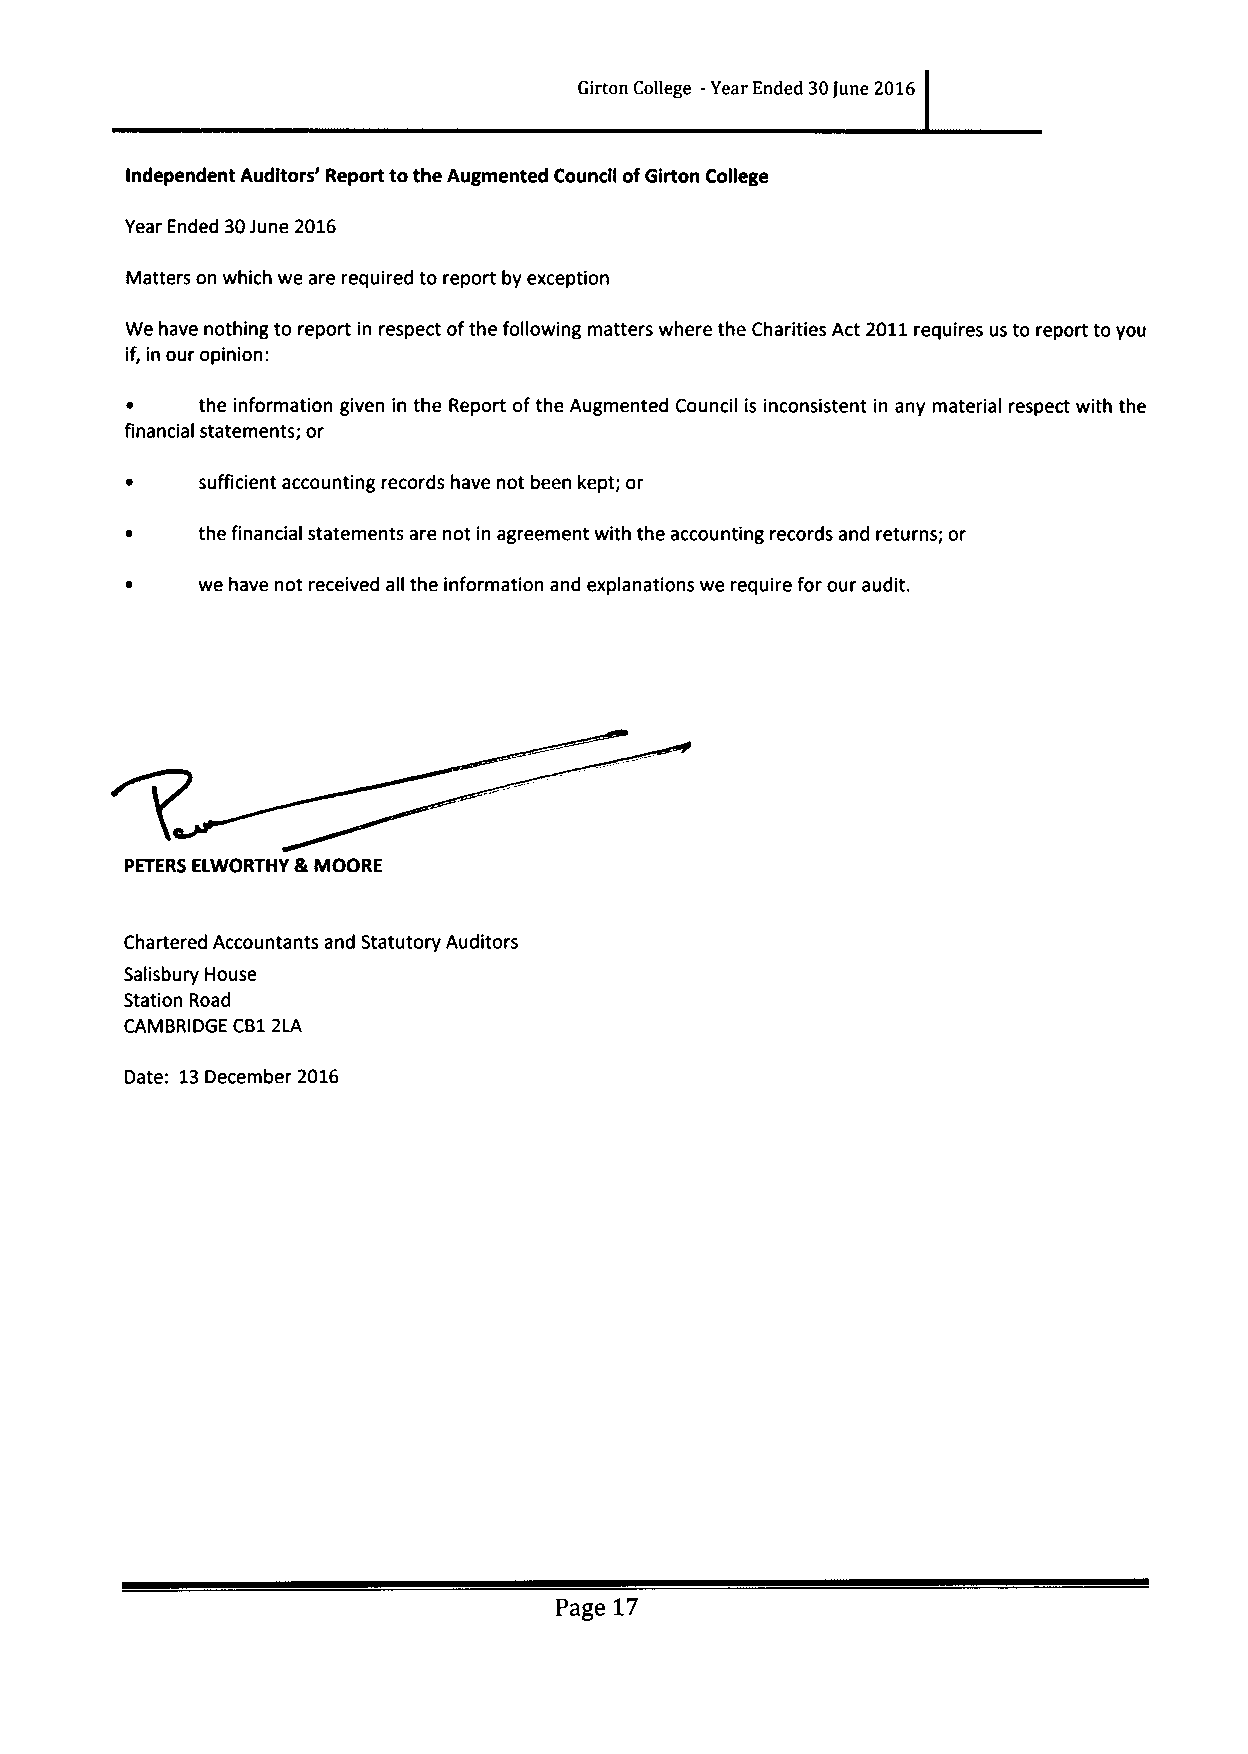
Girton College -Year Ended 30june 2016
 Independent Auditors' Report to the Augmented Council ofGirton College
 Year Ended 30June 2016
 Matters on which we are required to report by exception
 We have nothing to report in respect ofthe following matters where the Charities Act 2011requires us to report to you
 if, in our opinion:
 ~    the information given in the Report ofthe Augmented Council is inconsistent in any material respect with the
 financial statements; or
 sufficient accounting records have not been kept; or
 the financial statements are not in agreement with the accounting records and returns; or
 we have not received all the information and explanations we require for our audit.
 PETERS ELWORTHY &MOORE
 Chartered Accountants and Statutory Auditors
 Salisbury House
 Station Road
 CAMBRIDGE CB12LA
 Date: 13December 2016
 Page 17